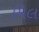
મિલ